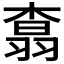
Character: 𮋆